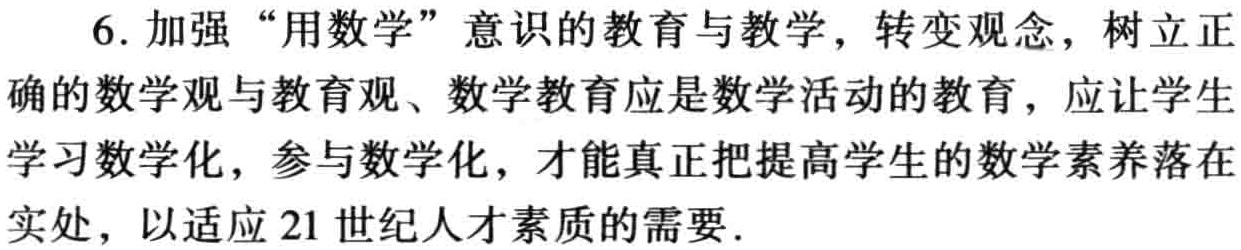
6. 加强“用数学”意识的教育与教学，转变观念，树立正

确的数学观与教育观、数学教育应是数学活动的教育，应让学生

学习数学化，参与数学化，才能真正把提高学生的数学素养落在

实处，以适应 21 世纪人才素质的需要.